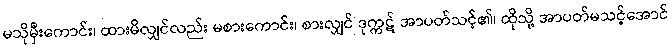
မသိုမှီးကောင်း၊ ထားမိလျှင်လည်း မစားကောင်း၊ စားလျှင် ဒုက္ကဋ် အာပတ်သင့်၏၊ ထိုသို့ အာပတ်မသင့်အောင်